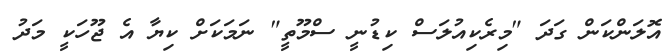
އޮލަންކަން ގަދަ "މިރެކިއުލަސް ކިޑުނީ ސްމޫތީ" ނަމަކަށް ކިޔާ އެ ޖޫހަކީ މަދު